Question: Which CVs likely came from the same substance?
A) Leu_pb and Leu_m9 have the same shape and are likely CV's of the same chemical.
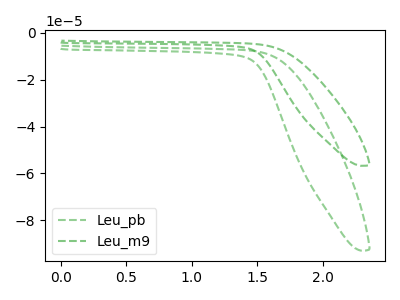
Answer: <think>The green dashed curve "Leu_pb" has no peaks. The green dashed curve "Leu_m9" has no peaks.
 Neither "Leu_pb" or "Leu_m9" have any peaks.</think>
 <answer>A) "Leu_pb" and "Leu_m9" have the same shape and are likely CV's of the same chemical.</answer>
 <eval>A</eval>